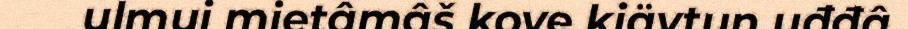
ulmui mietâmâš kove kiävtun uđđâ